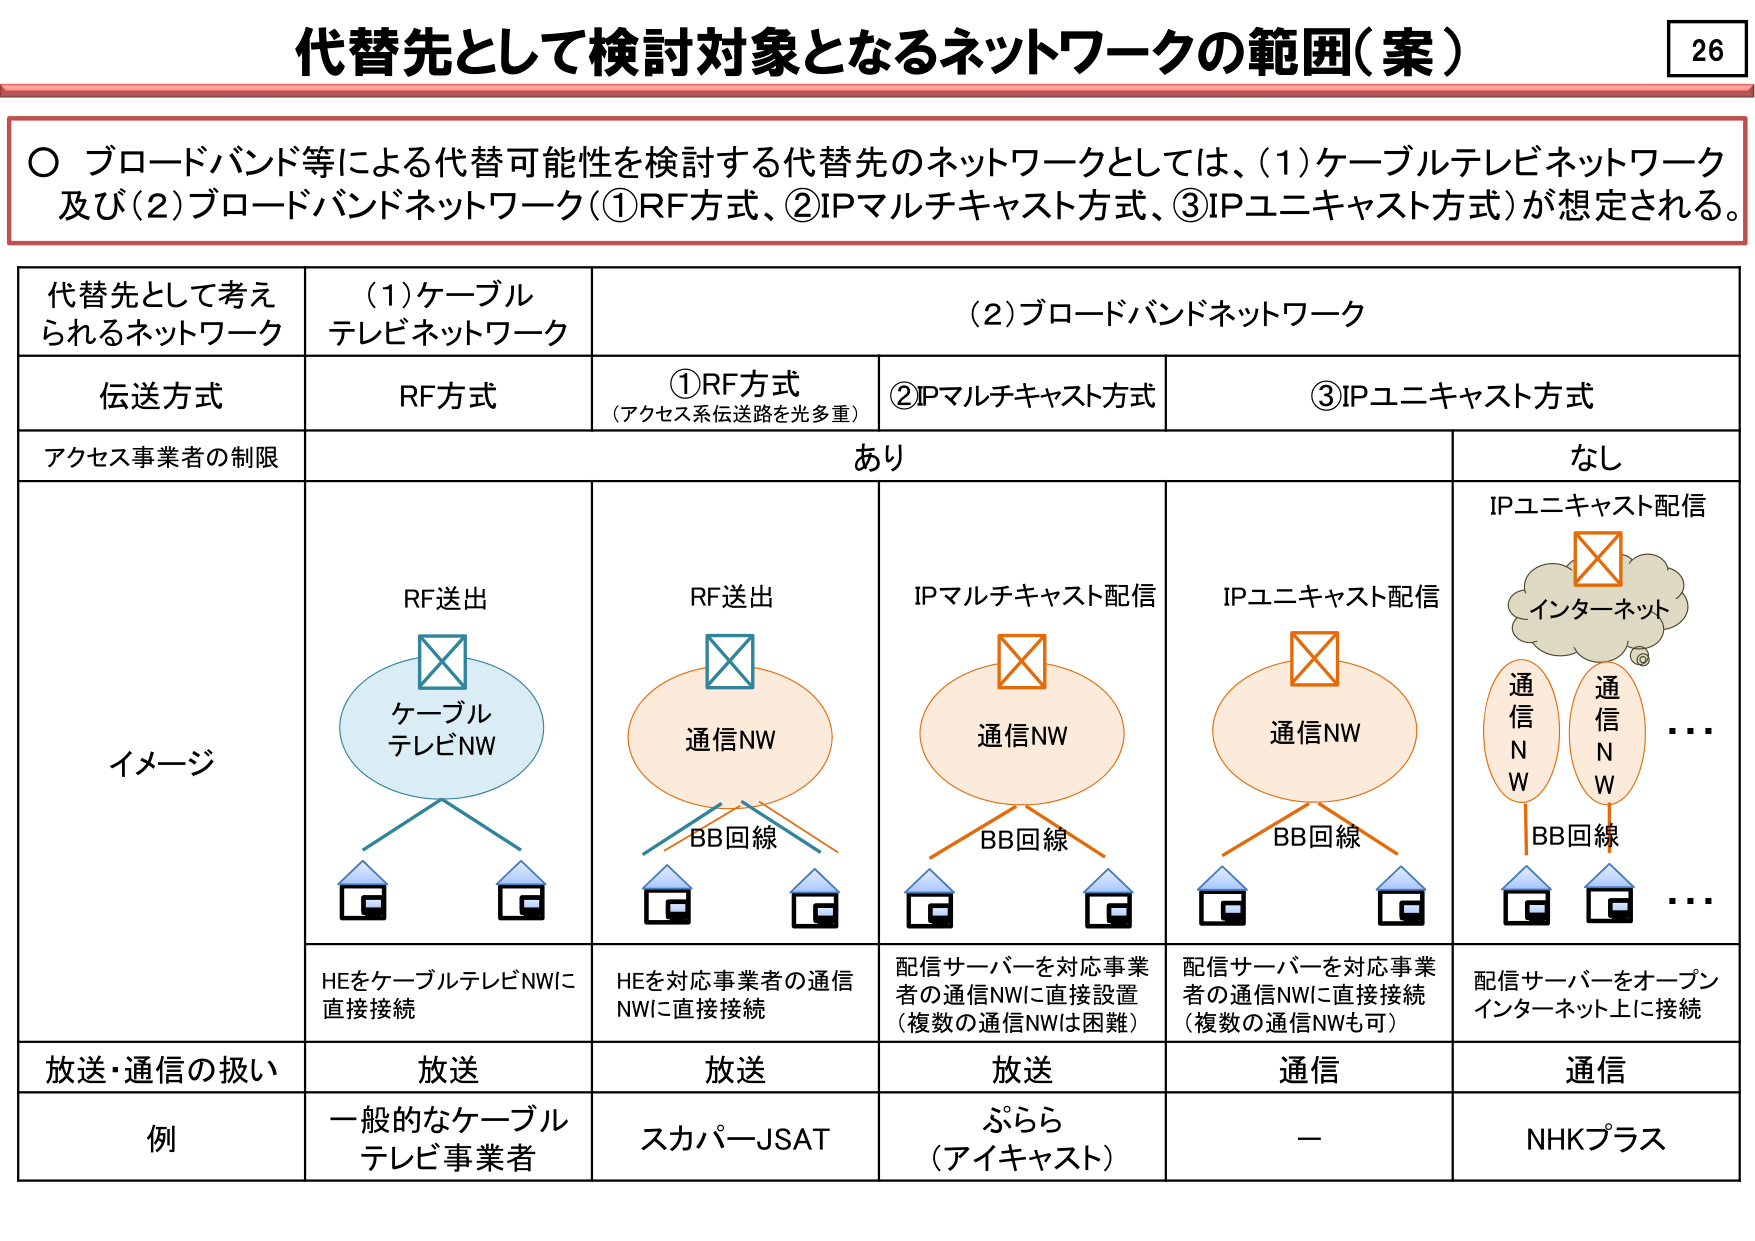
代替先として検討対象となるネットワークの範囲（案）

○ ブロードバンド等による代替可能性を検討する代替先のネットワークとしては、(1)ケーブルテレビネットワーク及び(2)ブロードバンドネットワーク（①RF方式、②IPマルチキャスト方式、③IPユニキャスト方式）が想定される。

代替先として考えられるネットワーク　　(1)ケーブルテレビネットワーク　　(2)ブロードバンドネットワーク

伝送方式　　　　　　　　　　　　　　　RF方式　　　　　　　　　　　　　　　①RF方式（アクセス系伝送路を光多重）　　　　　　　　　　　　　②IPマルチキャスト方式　　　　　　　　　　　　　③IPユニキャスト方式

アクセス事業者の制限